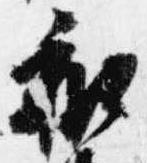
和